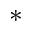
^ \ast